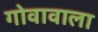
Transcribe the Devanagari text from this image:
गोवावाला